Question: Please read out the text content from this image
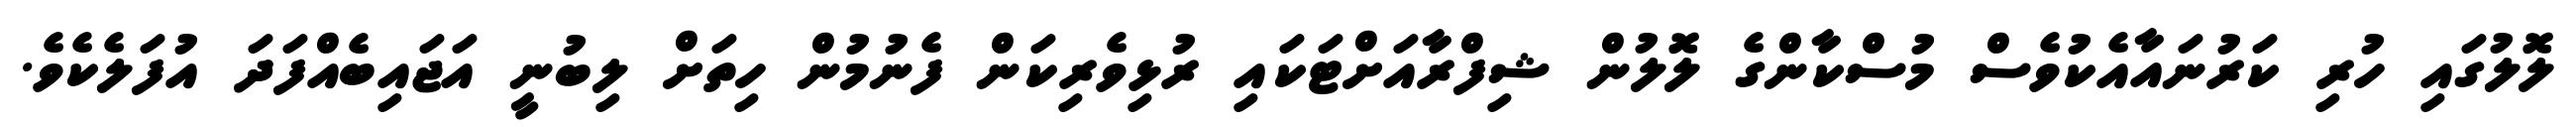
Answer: ލޮލުގައި ހުރި ކަރުނައާއެކުވެސް މުސްކާންގެ ލޮލުން ޝިފްރާއަށްޓަކައި ރުޅިވެރިކަން ފެނުމުން ހިތަށް ލިބުނީ އަޖައިބެއްފަދަ އުފަލެކެވެ.